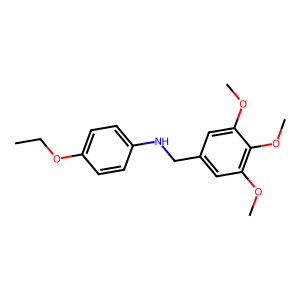
SMILES: CCOc1ccc(NCc2cc(OC)c(OC)c(OC)c2)cc1
Inhibits HIV replication: No